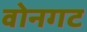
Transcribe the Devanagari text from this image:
वोनगट